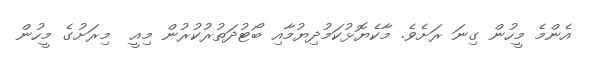
އެންމެ މީހުން ގިނަ ރަށެވެ. މާކެޔޮޅުކަމުދިޔުމާއި ބޯޓުދަތުރުކުރުން މިއީ  މިރަށުގެ މީހުން